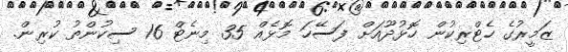
ޒަމީރުގެ ހެޓްރިކުން ހޮޅުދޫއަށް ފަސޭހަ މޮޅެއް 35 މިނެޓް 16 ސިކުންތު ކުރިން.